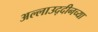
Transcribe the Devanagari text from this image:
अल्लाउद्दीनच्या